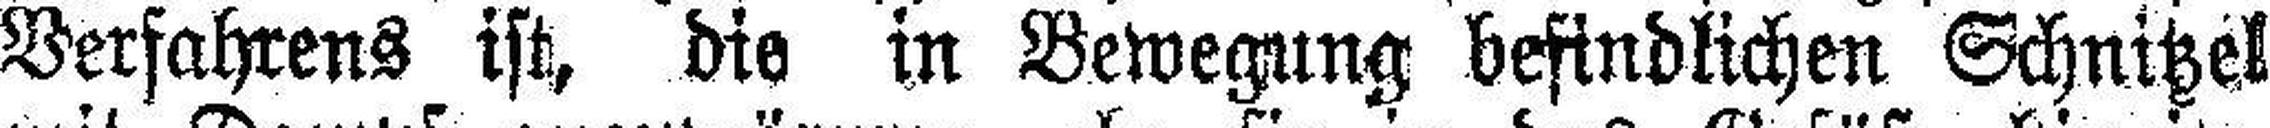
Verfahrens ist, die in Bewegung befindlichen Schnitzel